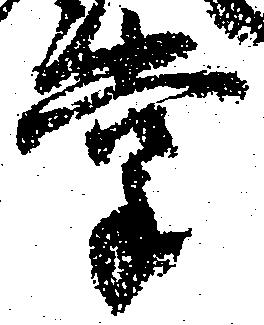
掌